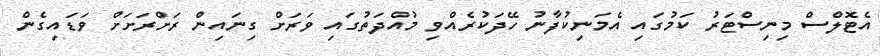
އެޓޮލްސް މިނިސްޓަރު ކަމުގައި އެމަނިކުފާނު ހޭދަކުރެއްވި މުއްދަތުގައި ވަރަށް ގިނައިން ރަށްރަށަށް ވަޑައިގެން